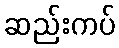
ဆည်းကပ်